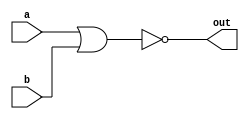
module top_module (
    input  a,
    input  b,
    output out
);

  // bitwise-OR: |
  // logical-OR: ||
  assign out = ~(a | b);

endmodule